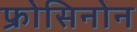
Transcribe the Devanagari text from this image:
फ्रोसिनोन